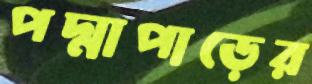
পদ্মাপাড়ের